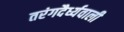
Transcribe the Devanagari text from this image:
तरंगदैर्ध्यवाली